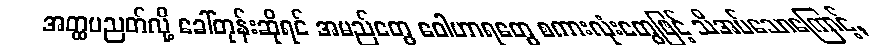
အတ္ထပညတ်လို့ ခေါ်တုန်းဆိုရင် အမည်တွေ ဝေါဟာရတွေ စကားလုံးတွေဖြင့် သိအပ်သောကြောင့်,